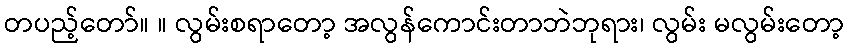
တပည့်တော်။ ။ လွမ်းစရာတော့ အလွန်ကောင်းတာဘဲဘုရား၊ လွမ်း မလွမ်းတော့